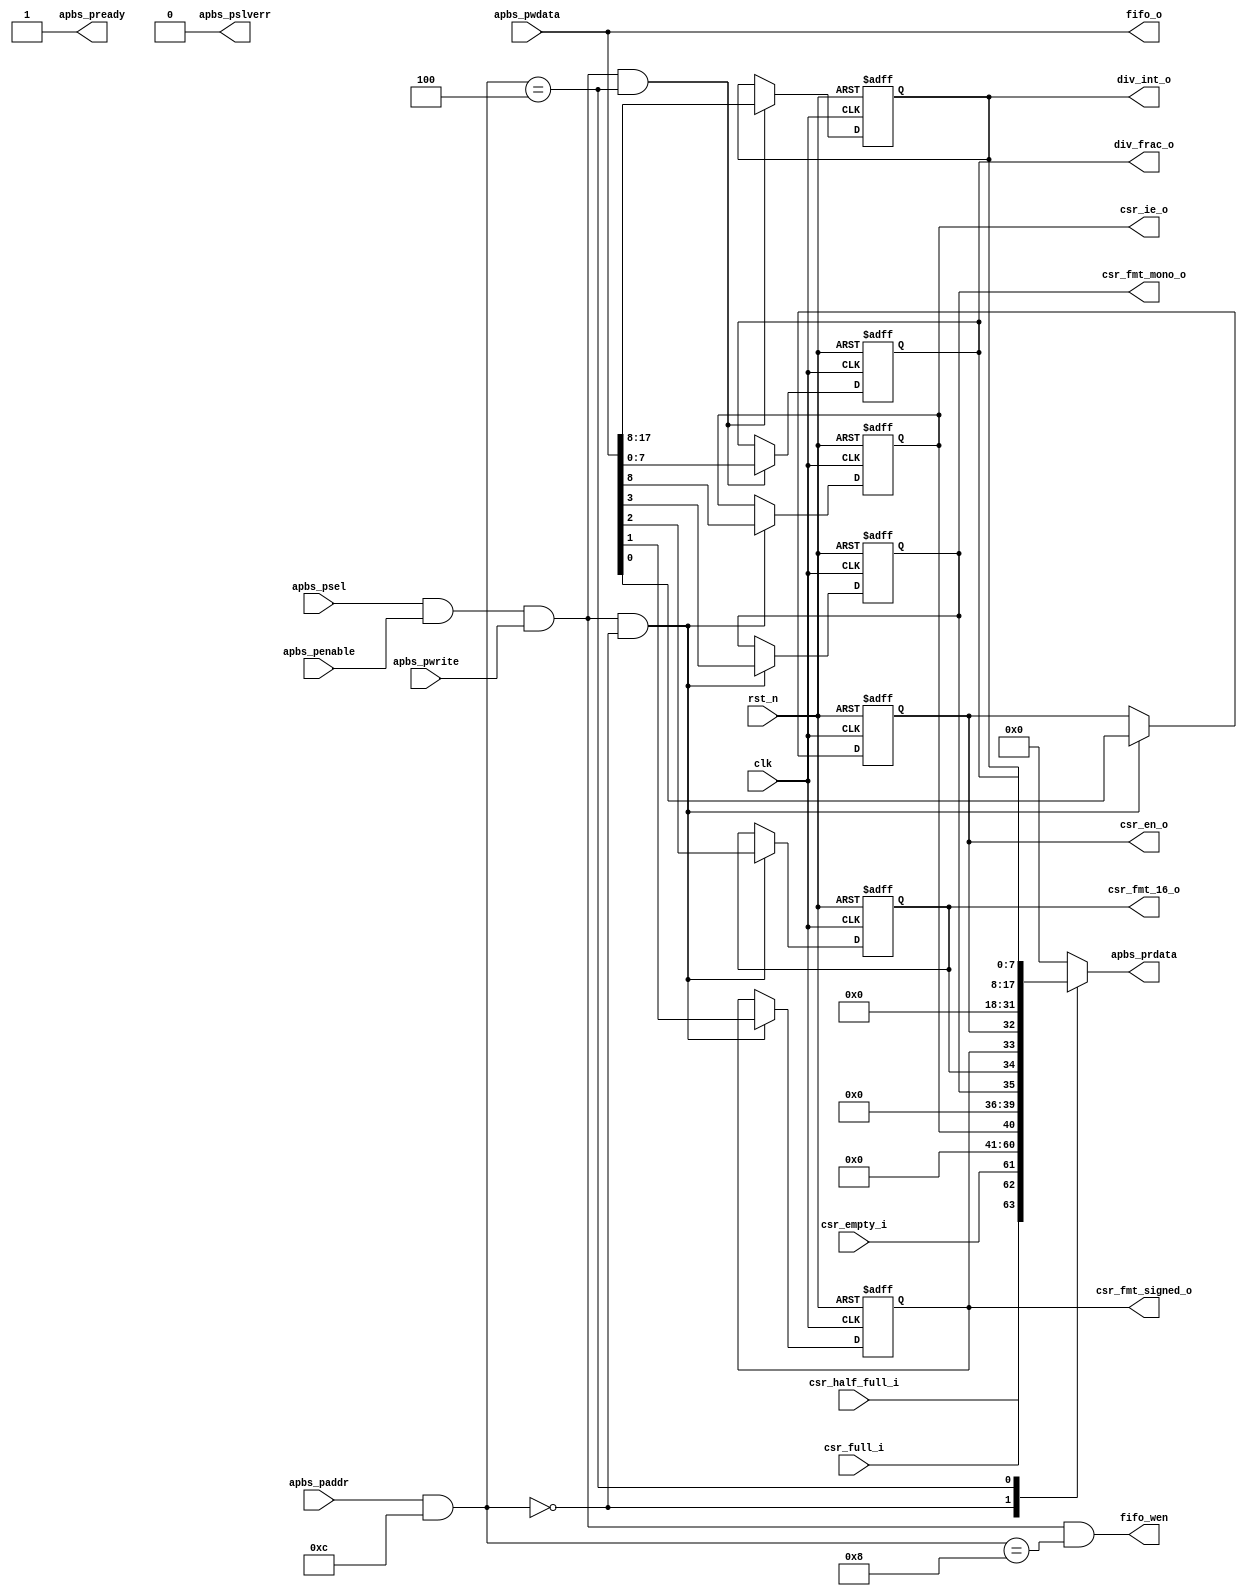
/*******************************************************************************
*                          AUTOGENERATED BY REGBLOCK                           *
*                            Do not edit manually.                             *
*          Edit the source file (or regblock utility) and regenerate.          *
*******************************************************************************/

// Block name           : audio_out
// Bus type             : apb
// Bus data width       : 32
// Bus address width    : 16

module audio_out_regs (
	input wire clk,
	input wire rst_n,
	
	// APB Port
	input wire apbs_psel,
	input wire apbs_penable,
	input wire apbs_pwrite,
	input wire [15:0] apbs_paddr,
	input wire [31:0] apbs_pwdata,
	output wire [31:0] apbs_prdata,
	output wire apbs_pready,
	output wire apbs_pslverr,
	
	// Register interfaces
	output reg  csr_en_o,
	output reg  csr_fmt_signed_o,
	output reg  csr_fmt_16_o,
	output reg  csr_fmt_mono_o,
	output reg  csr_ie_o,
	input wire  csr_empty_i,
	input wire  csr_full_i,
	input wire  csr_half_full_i,
	output reg [7:0] div_frac_o,
	output reg [9:0] div_int_o,
	output reg [31:0] fifo_o,
	output reg fifo_wen
);

// APB adapter
wire [31:0] wdata = apbs_pwdata;
reg [31:0] rdata;
wire wen = apbs_psel && apbs_penable && apbs_pwrite;
wire ren = apbs_psel && apbs_penable && !apbs_pwrite;
wire [15:0] addr = apbs_paddr & 16'hc;
assign apbs_prdata = rdata;
assign apbs_pready = 1'b1;
assign apbs_pslverr = 1'b0;

localparam ADDR_CSR = 0;
localparam ADDR_DIV = 4;
localparam ADDR_FIFO = 8;

wire __csr_wen = wen && addr == ADDR_CSR;
wire __csr_ren = ren && addr == ADDR_CSR;
wire __div_wen = wen && addr == ADDR_DIV;
wire __div_ren = ren && addr == ADDR_DIV;
wire __fifo_wen = wen && addr == ADDR_FIFO;
wire __fifo_ren = ren && addr == ADDR_FIFO;

wire  csr_en_wdata = wdata[0];
wire  csr_en_rdata;
wire  csr_fmt_signed_wdata = wdata[1];
wire  csr_fmt_signed_rdata;
wire  csr_fmt_16_wdata = wdata[2];
wire  csr_fmt_16_rdata;
wire  csr_fmt_mono_wdata = wdata[3];
wire  csr_fmt_mono_rdata;
wire  csr_ie_wdata = wdata[8];
wire  csr_ie_rdata;
wire  csr_empty_wdata = wdata[29];
wire  csr_empty_rdata;
wire  csr_full_wdata = wdata[30];
wire  csr_full_rdata;
wire  csr_half_full_wdata = wdata[31];
wire  csr_half_full_rdata;
wire [31:0] __csr_rdata = {csr_half_full_rdata, csr_full_rdata, csr_empty_rdata, 20'h0, csr_ie_rdata, 4'h0, csr_fmt_mono_rdata, csr_fmt_16_rdata, csr_fmt_signed_rdata, csr_en_rdata};
assign csr_en_rdata = csr_en_o;
assign csr_fmt_signed_rdata = csr_fmt_signed_o;
assign csr_fmt_16_rdata = csr_fmt_16_o;
assign csr_fmt_mono_rdata = csr_fmt_mono_o;
assign csr_ie_rdata = csr_ie_o;
assign csr_empty_rdata = csr_empty_i;
assign csr_full_rdata = csr_full_i;
assign csr_half_full_rdata = csr_half_full_i;

wire [7:0] div_frac_wdata = wdata[7:0];
wire [7:0] div_frac_rdata;
wire [9:0] div_int_wdata = wdata[17:8];
wire [9:0] div_int_rdata;
wire [31:0] __div_rdata = {14'h0, div_int_rdata, div_frac_rdata};
assign div_frac_rdata = div_frac_o;
assign div_int_rdata = div_int_o;

wire [31:0] fifo_wdata = wdata[31:0];
wire [31:0] fifo_rdata;
wire [31:0] __fifo_rdata = {fifo_rdata};
assign fifo_rdata = 32'h0;

always @ (*) begin
	case (addr)
		ADDR_CSR: rdata = __csr_rdata;
		ADDR_DIV: rdata = __div_rdata;
		ADDR_FIFO: rdata = __fifo_rdata;
		default: rdata = 32'h0;
	endcase
	fifo_wen = __fifo_wen;
	fifo_o = fifo_wdata;
end

always @ (posedge clk or negedge rst_n) begin
	if (!rst_n) begin
		csr_en_o <= 1'h0;
		csr_fmt_signed_o <= 1'h0;
		csr_fmt_16_o <= 1'h0;
		csr_fmt_mono_o <= 1'h0;
		csr_ie_o <= 1'h0;
		div_frac_o <= 8'h0;
		div_int_o <= 10'h0;
	end else begin
		if (__csr_wen)
			csr_en_o <= csr_en_wdata;
		if (__csr_wen)
			csr_fmt_signed_o <= csr_fmt_signed_wdata;
		if (__csr_wen)
			csr_fmt_16_o <= csr_fmt_16_wdata;
		if (__csr_wen)
			csr_fmt_mono_o <= csr_fmt_mono_wdata;
		if (__csr_wen)
			csr_ie_o <= csr_ie_wdata;
		if (__div_wen)
			div_frac_o <= div_frac_wdata;
		if (__div_wen)
			div_int_o <= div_int_wdata;
	end
end

endmodule